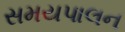
સમયપાલન